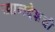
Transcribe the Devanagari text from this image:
खानदेशची